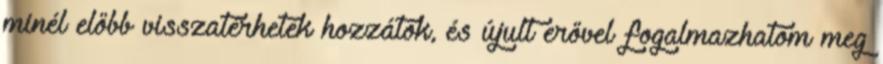
minél előbb visszatérhetek hozzátok, és újult erővel fogalmazhatom meg